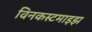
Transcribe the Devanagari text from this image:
विनकस्टमाइझ